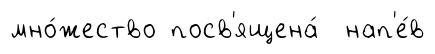
мно́жество посв'ящена́ нап'е́в